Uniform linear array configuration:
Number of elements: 24
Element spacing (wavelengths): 1
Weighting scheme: kaiser
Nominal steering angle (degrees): -30
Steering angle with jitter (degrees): -30.531
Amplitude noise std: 0.05
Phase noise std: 0.05

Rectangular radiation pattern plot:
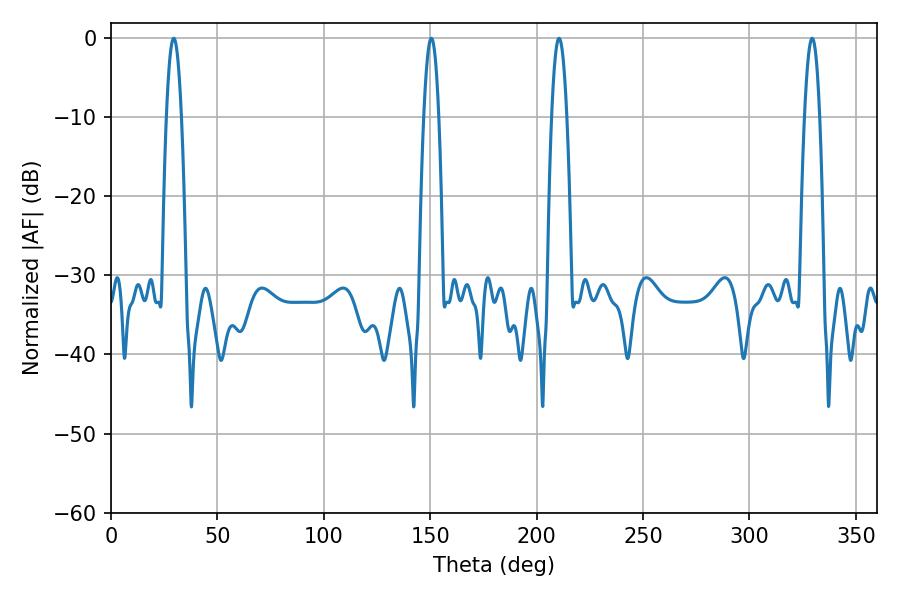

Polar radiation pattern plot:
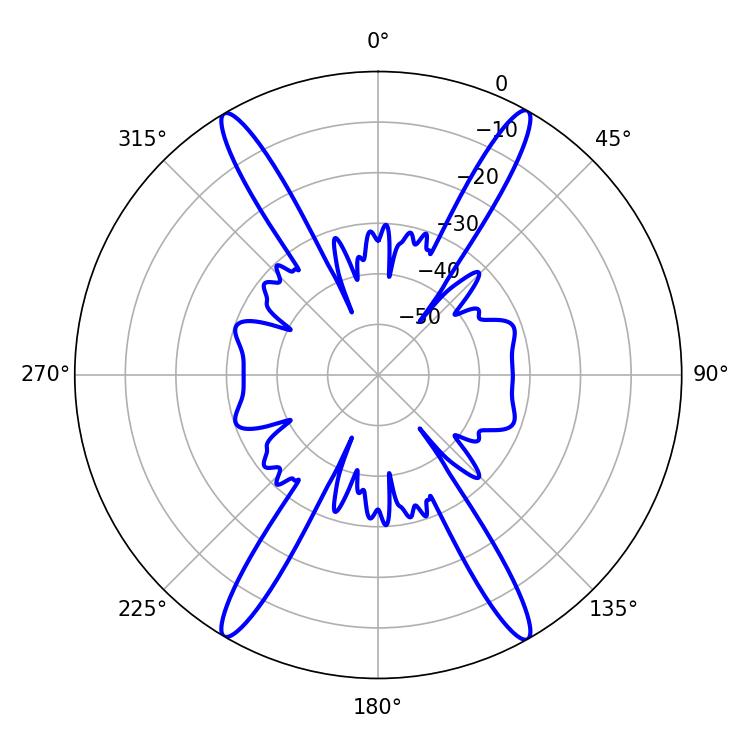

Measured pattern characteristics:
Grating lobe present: TRUE
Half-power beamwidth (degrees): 3.96
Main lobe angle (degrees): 29.52